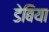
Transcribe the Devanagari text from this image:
डेबिया